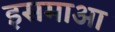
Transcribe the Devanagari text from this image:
इसमाआ